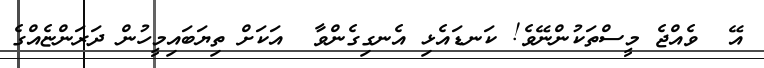
އޭ  ވެއްޖެ މީސްތަކުންނޭވެ! ކަނޑައެޅި އެނގިގެންވާ  އަކަށް ތިޔަބައިމީހުން ދަރަންޏެއްގެ